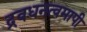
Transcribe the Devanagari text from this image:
द्रवधनत्वमापी